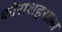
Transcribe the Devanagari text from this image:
कोराशहराला